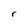
Character: r